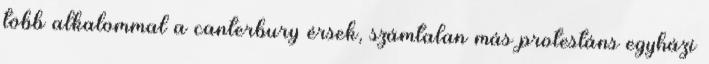
több alkalommal a canterbury érsek, számtalan más protestáns egyházi